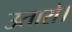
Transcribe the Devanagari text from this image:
उतारो।